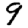
Digit: 9